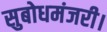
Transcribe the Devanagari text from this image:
सुबोधमंजरी।